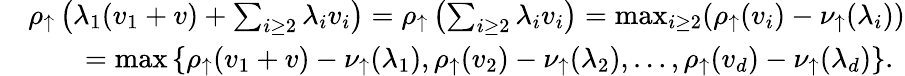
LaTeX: \begin{array}{rl}&{\rho_{\uparrow}\left(\lambda_{1}(v_{1}+v)+\sum_{i\geq 2}\lambda_{i}v_{i}\right)=\rho_{\uparrow}\left(\sum_{i\geq 2}\lambda_{i}v_{i}\right)=\operatorname*{max}_{i\geq 2}(\rho_{\uparrow}(v_{i})-\nu_{\uparrow}(\lambda_{i}))}\\ &{\qquad=\operatorname*{max}\left\{ \rho_{\uparrow}(v_{1}+v)-\nu_{\uparrow}(\lambda_{1}),\rho_{\uparrow}(v_{2})-\nu_{\uparrow}(\lambda_{2}),\ldots,\rho_{\uparrow}(v_{d})-\nu_{\uparrow}(\lambda_{d})\right\} .}\end{array}